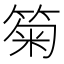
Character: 𥮗